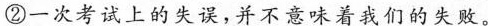
②一次考试上的失误，并不意味着我们的失败。